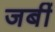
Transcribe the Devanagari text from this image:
जबीं